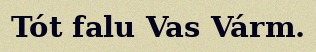
Tót falu Vas Várm.